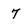
Character: 7